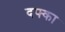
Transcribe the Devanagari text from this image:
दफ्का